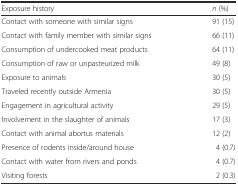
<table><thead><tr><td><b>Exposure history</b></td><td><b><i>n</i> (%)</b></td></tr></thead><tbody><tr><td>Contact with someone with similar signs</td><td>91 (15)</td></tr><tr><td>Contact with family member with similar signs</td><td>66 (11)</td></tr><tr><td>Consumption of undercooked meat products</td><td>64 (11)</td></tr><tr><td>Consumption of raw or unpasteurized milk</td><td>49 (8)</td></tr><tr><td>Exposure to animals</td><td>30 (5)</td></tr><tr><td>Traveled recently outside Armenia</td><td>30 (5)</td></tr><tr><td>Engagement in agricultural activity</td><td>29 (5)</td></tr><tr><td>Involvement in the slaughter of animals</td><td>17 (3)</td></tr><tr><td>Contact with animal abortus materials</td><td>12 (2)</td></tr><tr><td>Presence of rodents inside/around house</td><td>4 (0.7)</td></tr><tr><td>Contact with water from rivers and ponds</td><td>4 (0.7)</td></tr><tr><td>Visiting forests</td><td>2 (0.3)</td></tr></tbody></table>